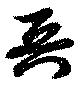
兵